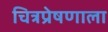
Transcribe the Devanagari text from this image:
चित्रप्रेषणाला